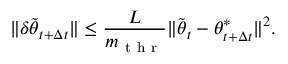
\lVert \delta \tilde { { \boldsymbol { \theta } } } _ { t + \Delta t } \rVert \leq \frac { L } { m _ { \mathrm { ~ t ~ h ~ r ~ } } } \lVert \tilde { { \boldsymbol { \theta } } } _ { t } - { \boldsymbol { \theta } } _ { t + \Delta t } ^ { * } \rVert ^ { 2 } .